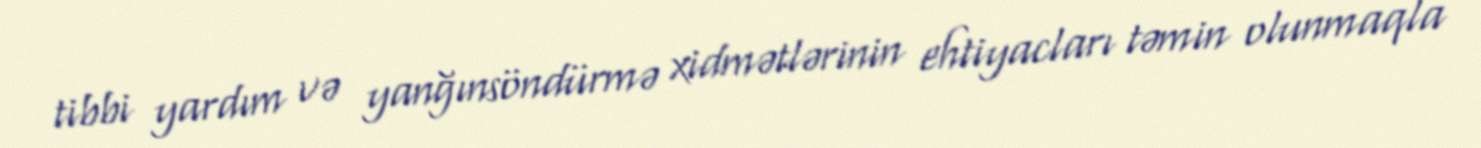
tibbi yardım və yanğınsöndürmə xidmətlərinin ehtiyacları təmin olunmaqla